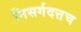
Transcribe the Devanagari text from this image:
निसर्गदत्तच